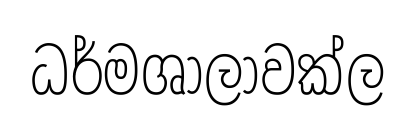
ධර්මශාලාවක්ල